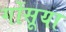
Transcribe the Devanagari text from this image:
गोंसूया